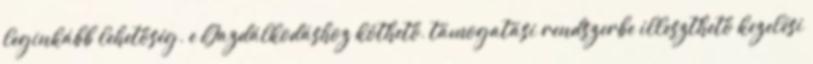
leginkább lehetőség. e Gazdálkodáshoz köthető, támogatási rendszerbe illeszthető kezelési